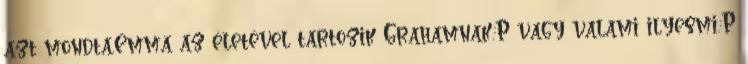
azt mondta,Emma az életével tartozik Grahamnak.:P vagy valami ilyesmi.:P